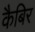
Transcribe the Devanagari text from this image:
कैबिर